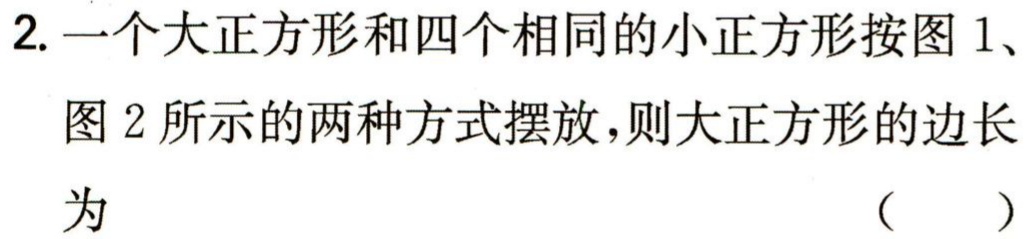
2. 一个大正方形和四个相同的小正方形按图 1、
图 2 所示的两种方式摆放，则大正方形的边长
为 （  ）